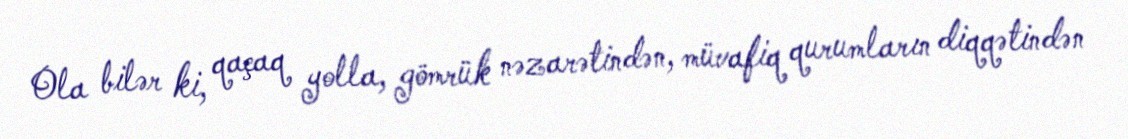
Ola bilər ki, qaçaq yolla, gömrük nəzarətindən, müvafiq qurumların diqqətindən